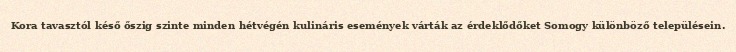
Kora tavasztól késő őszig szinte minden hétvégén kulináris események várták az érdeklődőket Somogy különböző településein.